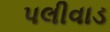
પલીવાડ